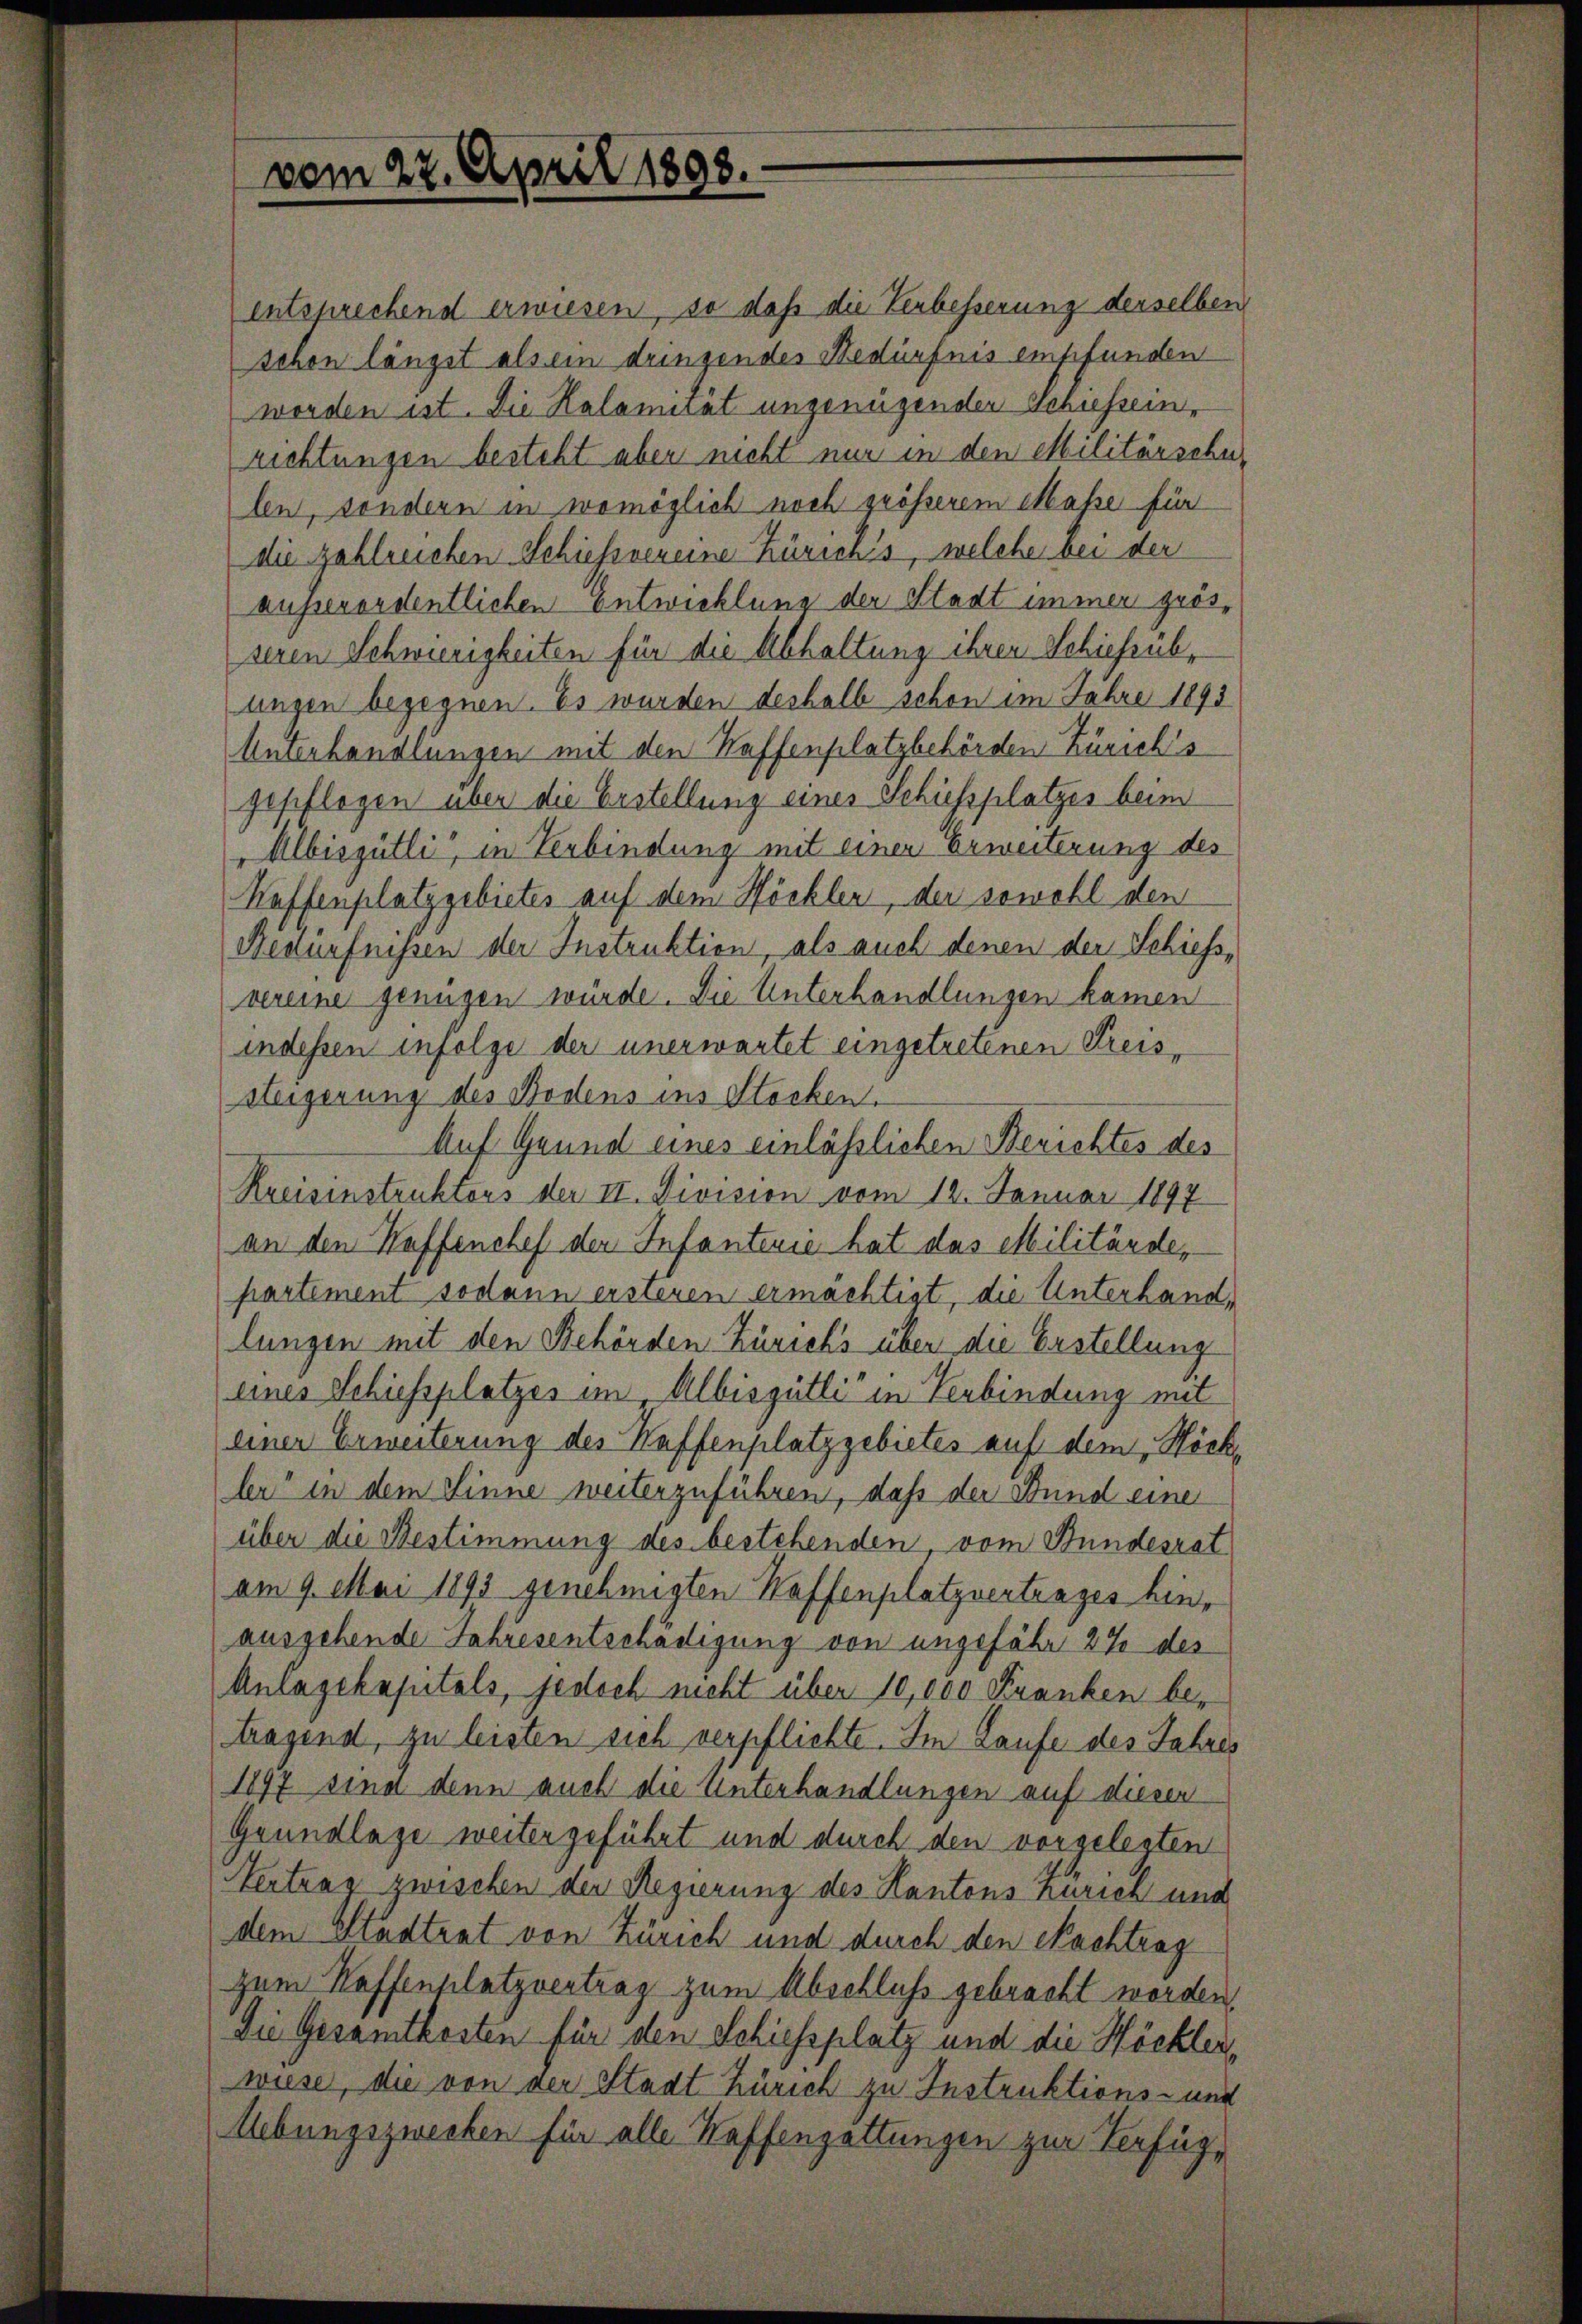
vom 27. April 1898.

entsprechend erwiesen, so daß die Verbesserung derselben
schon längst als ein dringendes Bedürfnis empfunden
worden ist. Die Kalamirat ungenügenden Schiesseinrichtungen besteht aber nicht nur in den Militärsche
len, sondern in womöglich noch grösserem Masse für
die zahlreichen Schießvereine Zürich’s, welche bei der
ausserordentlichen Entwicklung der Stadt immer grösseren Schwierigkeiten für die Abhaltung ihren Schiessübungen begegnen. Es wurden deshalb schon im Jahre 1893
Unterhandlungen mit den Haffenplatzbehörden Zürich's
gepflogen über die Erstellung eines Schuessplatzes beim
Albisjütli, in Verbindung mit einer Erweiterung des
Kaffenplatzgebietes auf dem Höckler, der sowohl den
Bedürfnissen der Instruktion, als auch denen der Schiess,
vereine genügen würde. Die Unterhandlungen kamen
indessen infolge der unerwartet eingetretenen Kreissteigerung des Bodens im Stocken.
Auf Grund eines einlässlichen Berichtes des
Kreisinstruktors der II. Division vom 12. Januar 1897
an den Waffenchef der Infantende hat das Militärde,
partement sodann ersteren ermachtigt, die Unterhandlungen mit den Behörden Zürich’s über die Erstellung
eines Schiessplatzes im Albisgütli in Verbindung mit
einer Erweiterung der Haffenplatzgebietes auf dem Höck
ler“ in dem Sinne weiterzuführen, daß der Bund eine
über die Bestimmung des bestehenden vom Stundesrat
am 9. Mai 1893 genehmigten Waffenplatzvertrages hinausgehende Jahresentschädigung von ungefähr 27 des
Anlagekapitals, jedoch nicht über 10,000 Franken be-
tragend, zu leisten sich verpflichte. Im Laufe des Jahres
1897 sind denn auch die Unterhandlungen auf diesen
Grundlage weiter geführt und durch den vorgelesten
Ientrag zwischen der Regierung des Kantons Zürich und
dem Stadtrat von Zürich und durch den Nachtrag
zum Haffenplatzvertrag zum Abschluß gebracht worden,
Die Gesamtkosten für den Schiessplatz und die Höckler,
wiese, die von der Stadt Zürich zu Instruktions- und
Uebungszwecken für alle Haffengattungen zur Verfüg¬